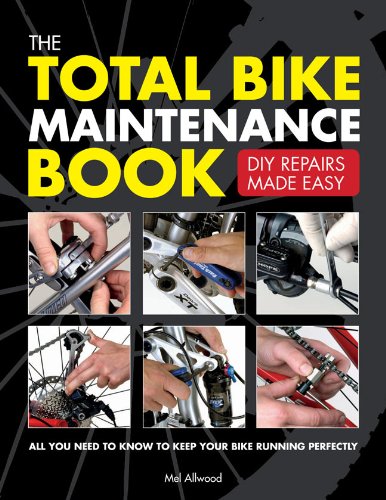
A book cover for The Total Bike Maintenance Book: DIY Repairs Made Easy; Mel Allwood; Sports & Outdoors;